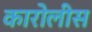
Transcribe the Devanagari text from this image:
कारोलीस